Problem: 8 + 21 = ?
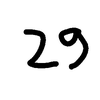
Handwritten answer: 29